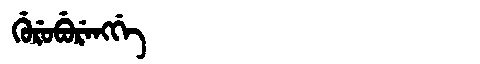
Manchu: ᡤᡠᡵᡠᠪᡠᡵᡝᠩᡤᡝ
Romanization: GURUBURENGGE